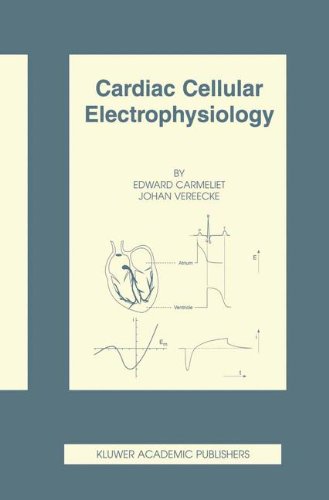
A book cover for Cardiac Cellular Electrophysiology: Southwest Germany in the Late Paleolithic and Mesolithic (Basic Science for the Cardiologist); Edward Carmeliet; Medical Books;